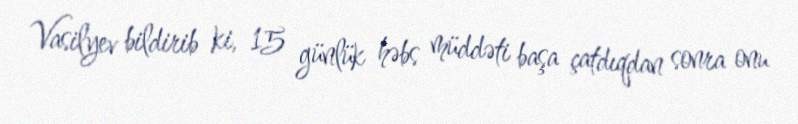
Vasilyev bildirib ki, 15 günlük həbs müddəti başa çatdıqdan sonra onu